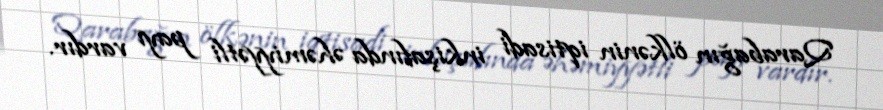
Qarabağın ölkənin iqtisadi inkişafında əhəmiyyətli payı vardır.